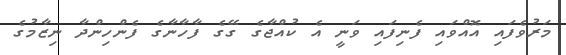
މަރުވެފައި އޮއްވައި ފެނިފައި ވަނީ އެ ކުއްޖާގެ ގޭގެ ފާހާނާގެ ފެންހިންދާ ނިޒާމުގެ